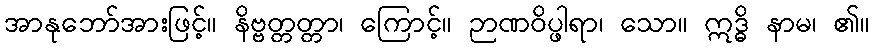
အာနုဘော်အားဖြင့်။ နိဗ္ဗတ္တတ္တာ၊ ကြောင့်။ ဉာဏဝိပ္ဖါရာ၊ သော။ ဣဒ္ဓိ နာမ၊ ၏။